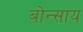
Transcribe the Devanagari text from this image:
बोन्साय